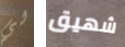
لي شهيق